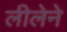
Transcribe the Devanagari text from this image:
लीलेने